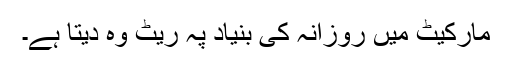
مارکیٹ میں روزانہ کی بنیاد پہ ریٹ وہ دیتا ہے۔